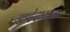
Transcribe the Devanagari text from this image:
उहदेदारइन